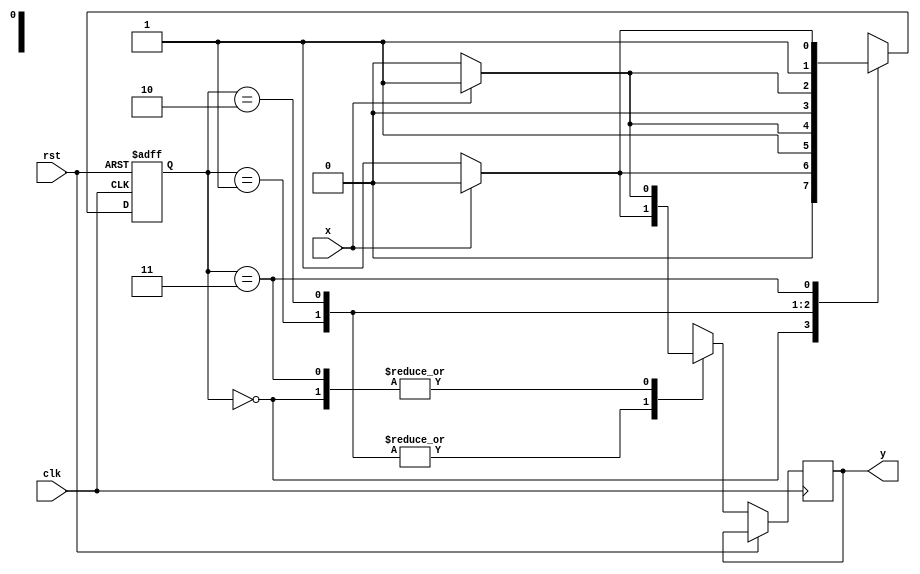
module fsm_mealymodel(
    input x,rst,clk,
    output reg y
    );
	 reg [1:0]ps,ns;
	 parameter s0=2'b00,s1=2'b01,s2=2'b10,s3=2'b11;
	 always @(posedge clk,posedge rst)begin
	 if(rst==1)
	  ps=s0;
	 else begin
	  case(ps)
	  s0:if(x==1) begin
	      ns=s0;
		   y=1'b1;end
		  else begin
		   ns=s1;
			y=1'b0;end
	 s1:if(x==1) begin
	      ns=s3;
			y=1'b0;end
		 else begin
		   ns=s2;
			y=1'b1;end
	 s2:if(x==1) begin
	      ns=s1;
			y=1'b0;end
		 else begin
		   ns=s0;
			y=1'b1;end
	 s3:if(x==1) begin
	      ns=s2;
			y=1'b1;end
		 else begin
		   ns=s3;
			y=1'b0;end  
	 endcase
	  ps=ns;
	 end
	 end
endmodule